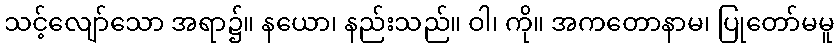
သင့်လျော်သော အရာ၌။ နယော၊ နည်းသည်။ ဝါ၊ ကို။ အကတောနာမ၊ ပြုတော်မမူ